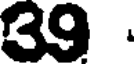
39